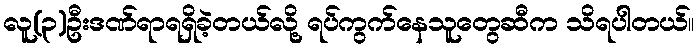
လူ(၃)ဦးဒဏ်ရာရရှိခဲ့တယ်လို့ ရပ်ကွက်နေသူတွေဆီက သိရပါတယ်။